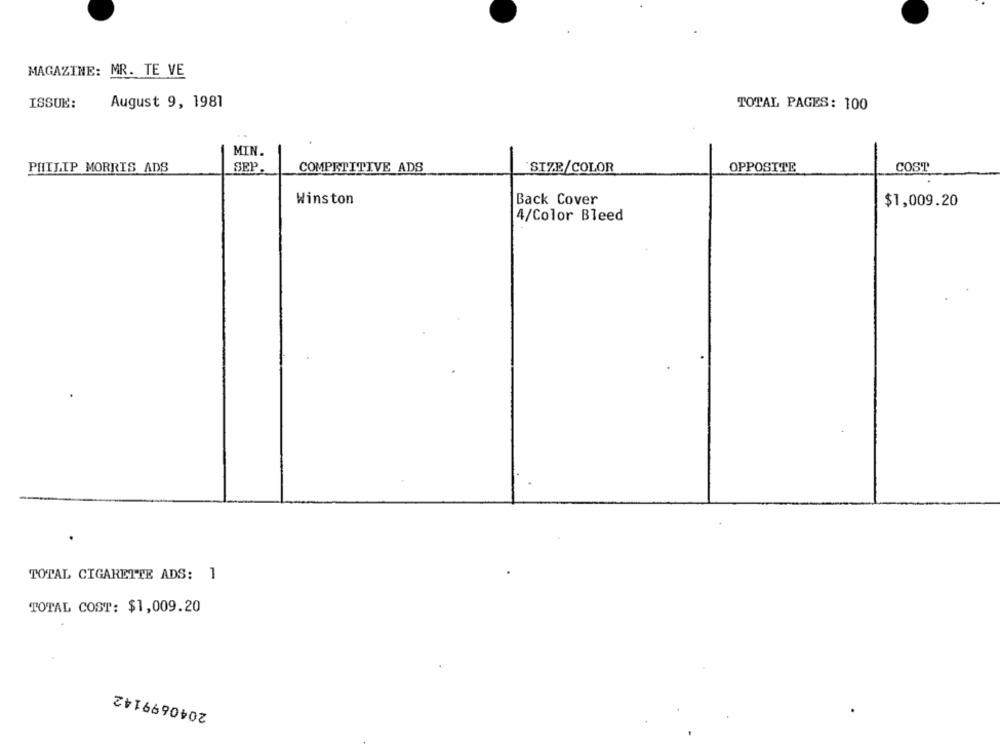
MAGAZINE: MR. TE VE
ISSUE:
August 9, 1981
TOTAL PAGES: 100
MIN.
PHILIP MORRIS ADS
SEP.
COMPETITIVE ADS
SIZE/COLOR
OPPOSITE
COST
Winston
Back Cover
$1,009.20
4/Color Bleed
TOTAL CIGARETTE ADS: 1
TOTAL COST: $1,009.20
2040699142